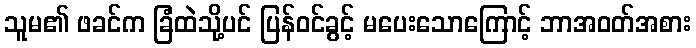
သူမ၏ ဖခင်က ခြံထဲသို့ပင် ပြန်ဝင်ခွင့် မပေးသောကြောင့် ဘာအဝတ်အစား